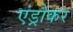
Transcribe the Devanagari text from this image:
एंड्रोकर